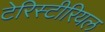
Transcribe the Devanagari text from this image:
टेरिस्टीरियल